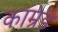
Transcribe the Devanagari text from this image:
काम्रेड